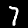
Label: 7